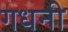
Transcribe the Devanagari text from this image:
गधनी